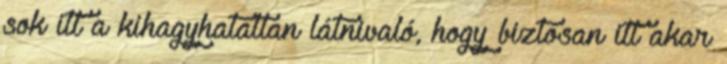
sok itt a kihagyhatatlan látnivaló, hogy biztosan itt akar